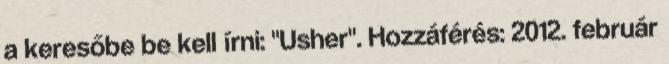
a keresőbe be kell írni: "Usher". Hozzáférés: 2012. február